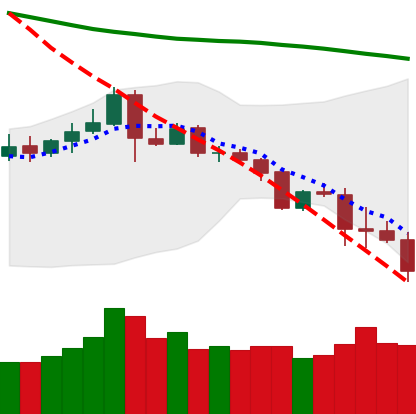
Ticker: ETC-USD
Chart end date: 2019-11-21
Forward return: -6.769%
Label: down_5_7